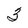
Character: 3